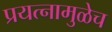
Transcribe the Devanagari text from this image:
प्रयत्नामुळेच